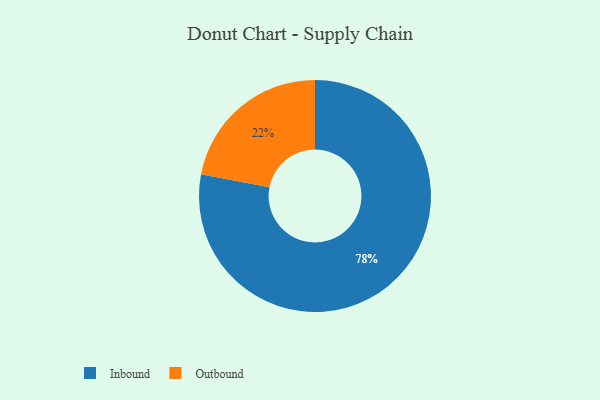
{"axis": {"x": "Category", "y": "Percentage"}, "legend": ["Inbound", "Outbound"], "data": [{"x": "Inbound", "y": 78, "type": "Inbound"}, {"x": "Outbound", "y": 22, "type": "Outbound"}]}